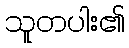
သူတပါး၏